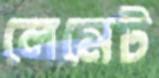
লেমেট